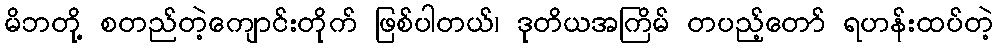
မိဘတို့ စတည်တဲ့ကျောင်းတိုက် ဖြစ်ပါတယ်၊ ဒုတိယအကြိမ် တပည့်တော် ရဟန်းထပ်တဲ့